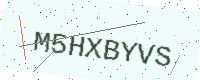
Text: M5HXBYVS